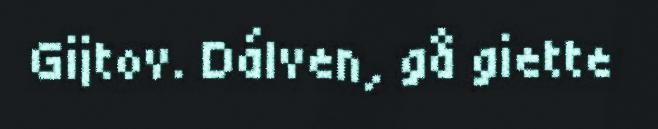
Gijtov. Dálven, gå giette